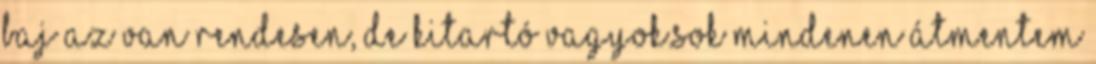
baj az van rendesen, de kitartó vagyok.Sok mindenen átmentem